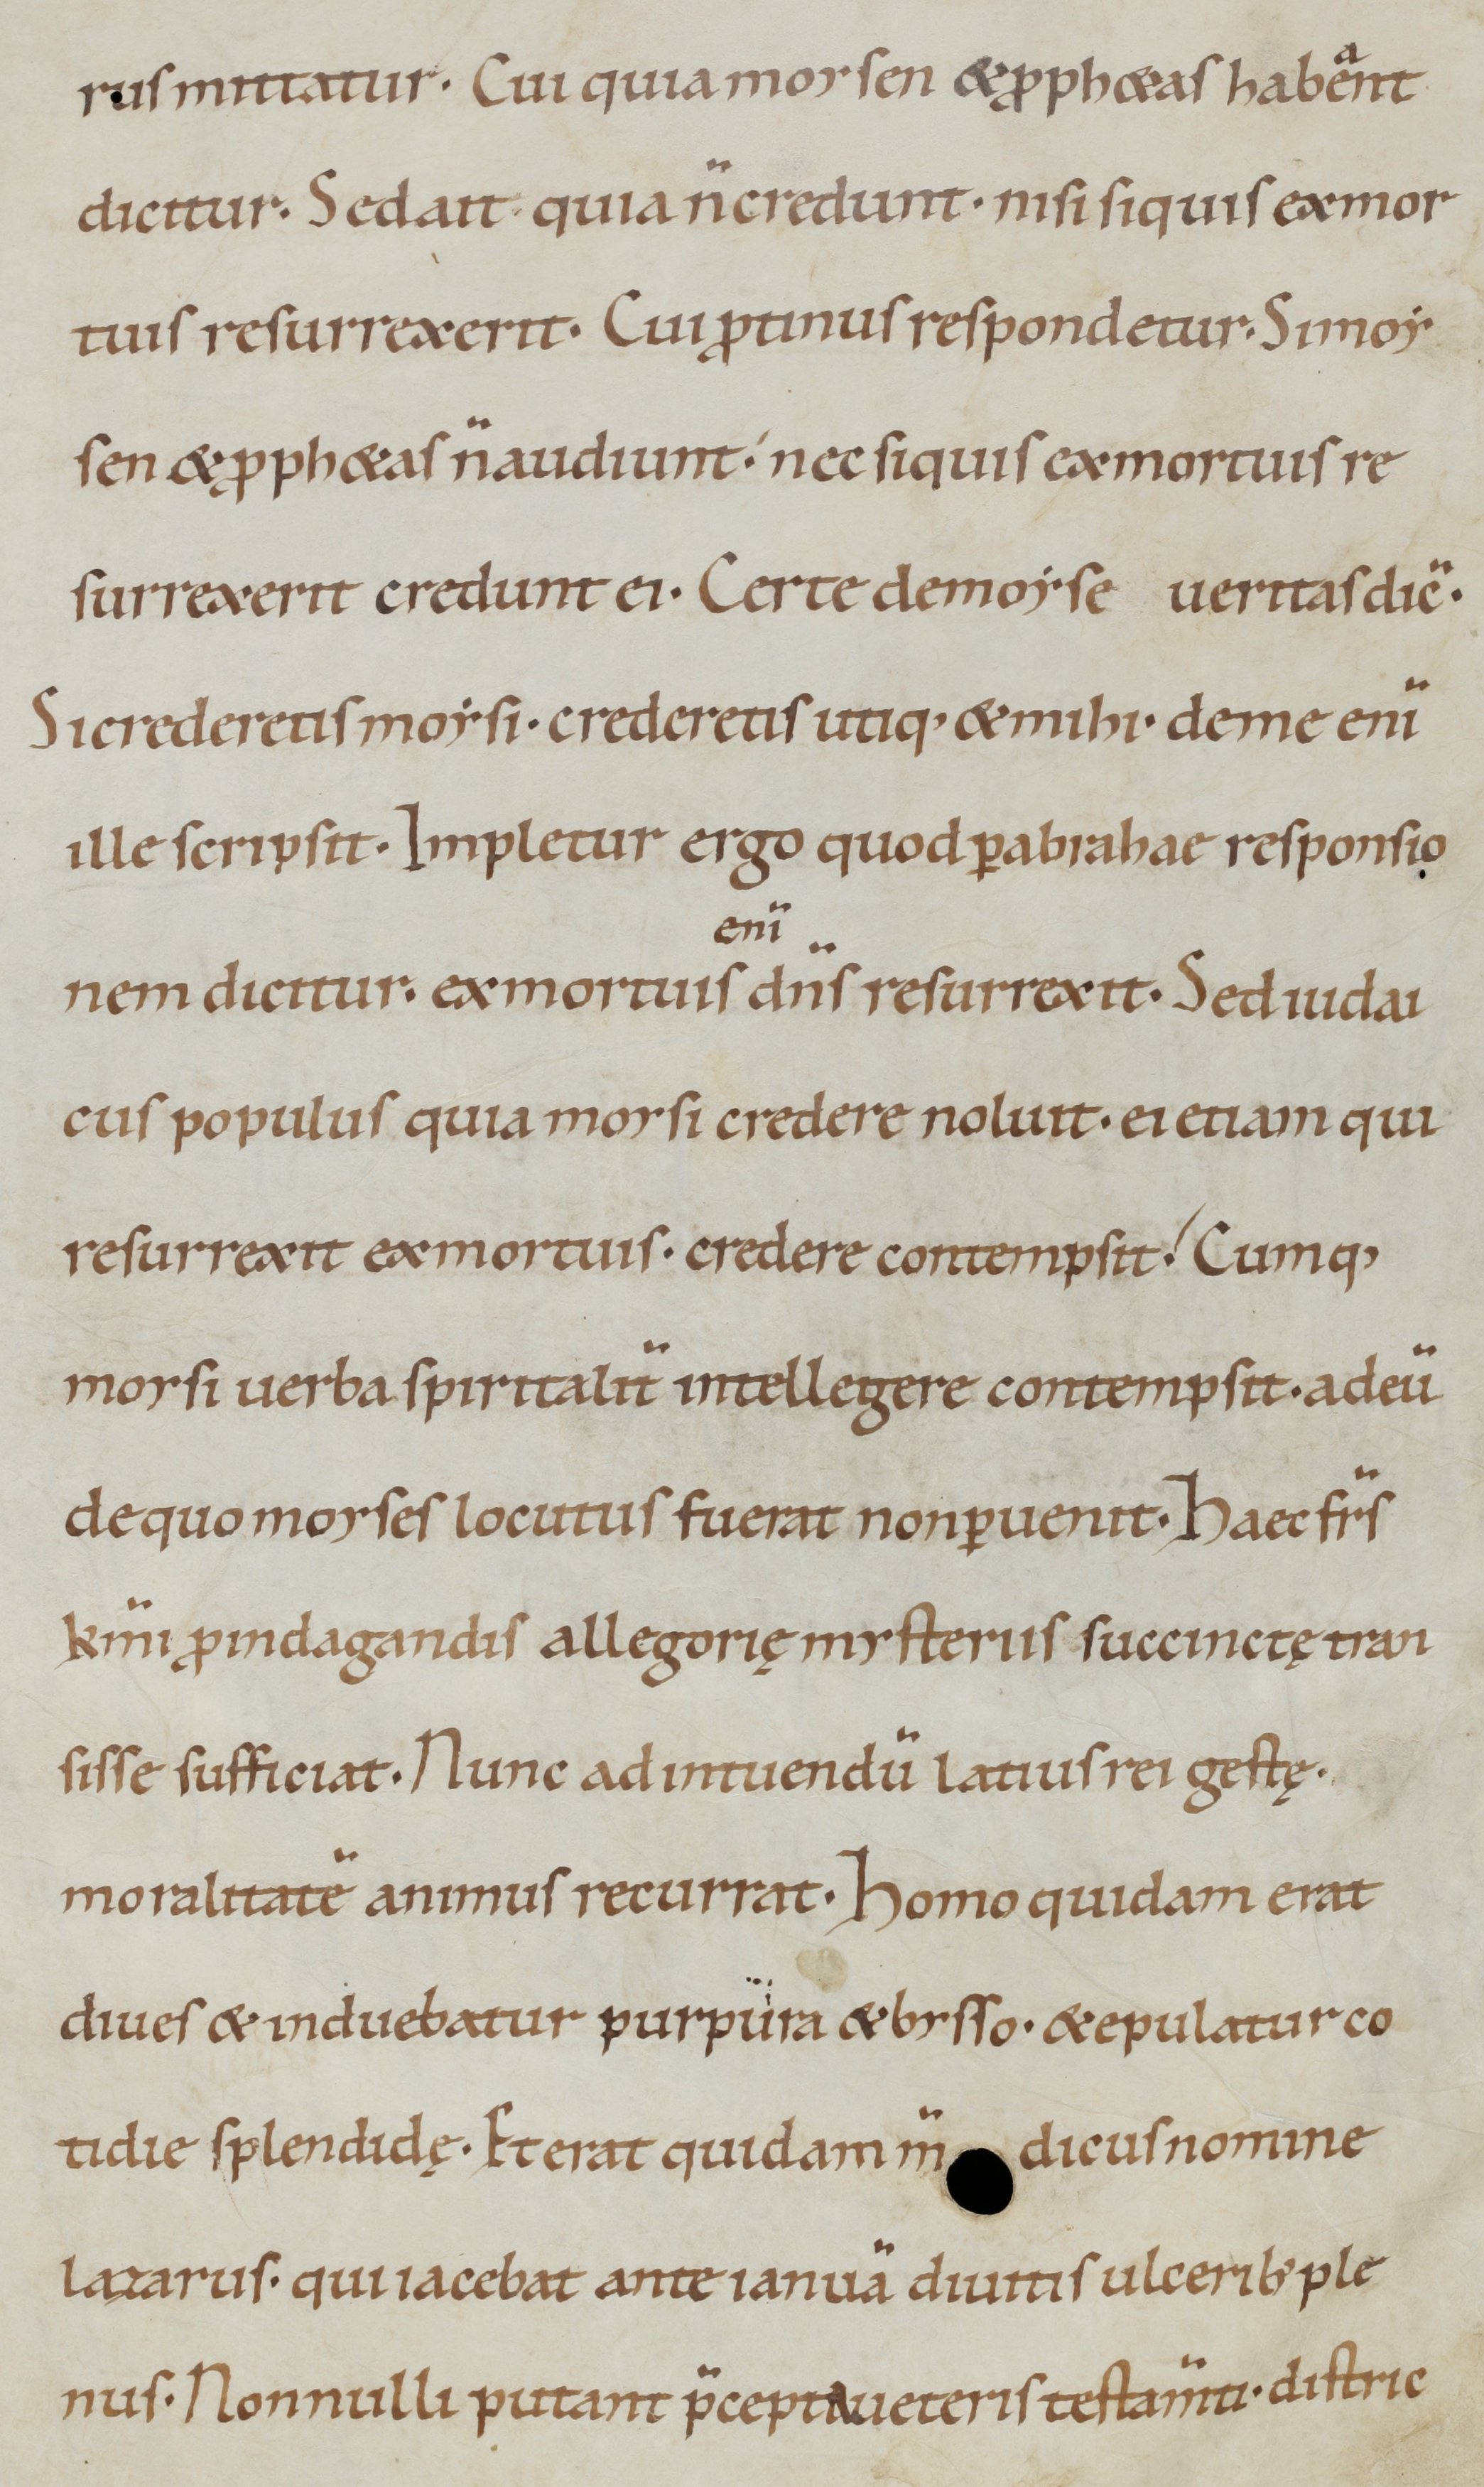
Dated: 1000–1099